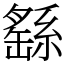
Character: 繇